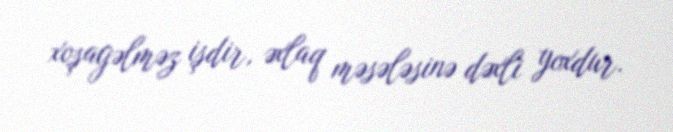
xoşagəlməz işdir, əxlaq məsələsinə dəxli yoxdur.